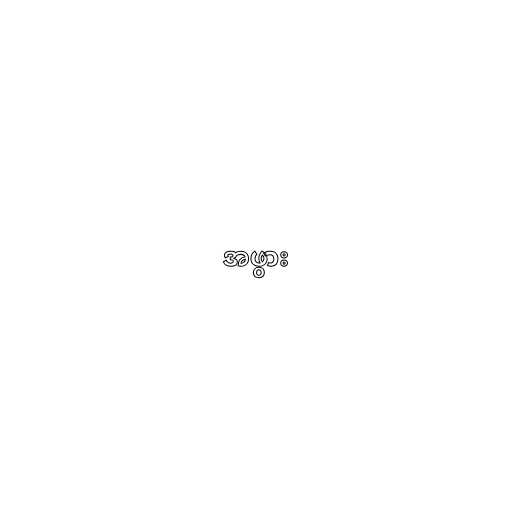
အဖွား